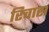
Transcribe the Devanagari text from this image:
रिवास